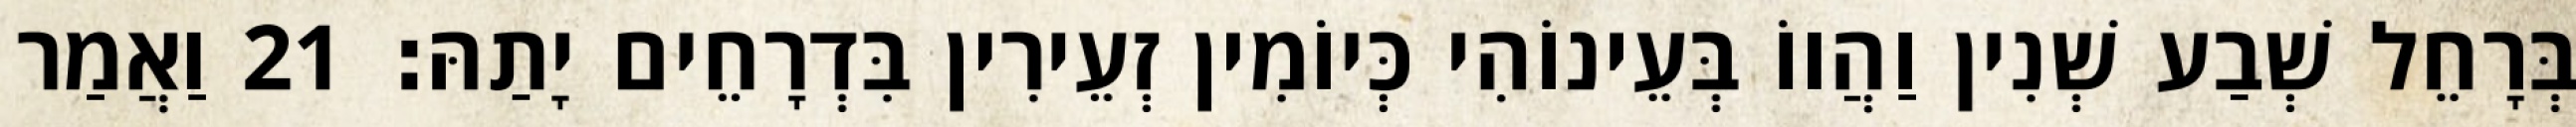
בְּרָחֵל שְׁבַע שְׁנִין וַהֲווֹ בְּעֵינוֹהִי כְּיוֹמִין זְעֵירִין בִּדְרָחֵים יָתַהּ׃ 21 וַאֲמַר